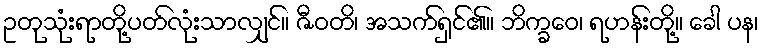
ဥတုသုံးရာတို့ပတ်လုံးသာလျှင်။ ဇီဝတိ၊ အသက်ရှင်၏။ ဘိက္ခဝေ၊ ရဟန်းတို့။ ခေါ ပန၊